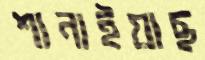
শানাইয়াছ